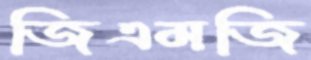
জিএমজি